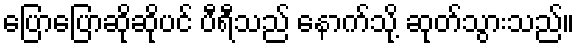
ပြောပြောဆိုဆိုပင် ပီရီသည် နောက်သို့ ဆုတ်သွားသည်။